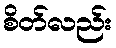
စိတ်လည်း